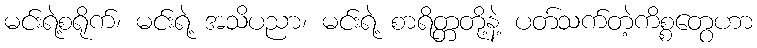
မင်းရဲ့စရိုက်၊ မင်းရဲ့ အသိပညာ၊ မင်းရဲ့ စာရိတ္တတို့နဲ့ ပတ်သက်တဲ့ကိစ္စတွေဟာ